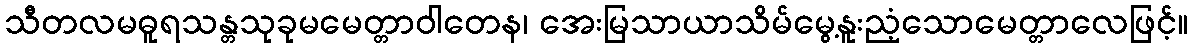
သီတလမဓူရသန္တသုခုမမေတ္တာဝါတေန၊ အေးမြသာယာသိမ်မွေ့နူးညံ့သောမေတ္တာလေဖြင့်။